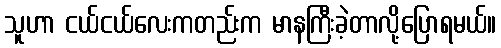
သူဟာ ငယ်ငယ်လေးကတည်းက မာနကြီးခဲ့တာလို့ပြောရမယ်။